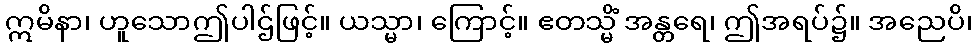
ဣမိနာ၊ ဟူသောဤပါဌ်ဖြင့်။ ယသ္မာ၊ ကြောင့်။ ဧတသ္မိံ အန္တရေ၊ ဤအရပ်၌။ အညေပိ၊